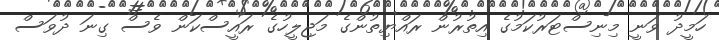
ހަމީދު ވަނީ މިނިސްޓަރުކަމުގެ އިތުރުން ރައްޔިތުންގެ މަޖިލީހުގެ ރައީސްކަން ވެސް ގިނަ ދުވަސް